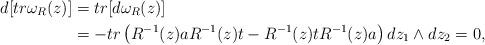
LaTeX: \begin{align*}d[tr\omega_R(z)]&=tr[d\omega_R(z)]\\&=-tr \left(R^{-1}(z)aR^{-1}(z)t-R^{-1}(z)tR^{-1}(z)a\right)dz_1\wedge dz_2=0,\end{align*}